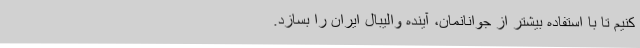
کنیم تا با استفاده بیشتر از جوانانمان، آینده والیبال ایران را بسازد.